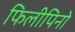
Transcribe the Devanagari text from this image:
फिलीपिनो